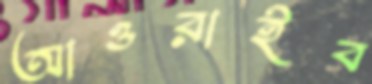
আওরাইব